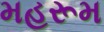
મહરૂમ